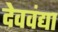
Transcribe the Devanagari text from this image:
देववंद्या